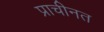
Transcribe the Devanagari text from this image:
प्राचीनत